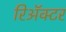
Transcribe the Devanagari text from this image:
रिॲक्टर